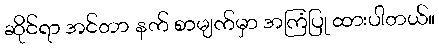
ဆိုင်ရာ အင်တာ နက် စာမျက်မှာ အကြံပြု ထားပါတယ်။